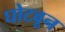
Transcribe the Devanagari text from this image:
घोटवून